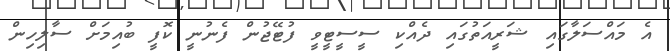
އެ މައްސަލާގައި ޝަރީއަތުގައި ދެއްކި ސީސީޓީވީ ފުޓޭޖުން ފެނުނީ ކޮފީ ބުއިމަށް ސާލިހިން